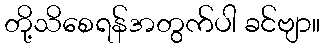
တို့သိစေရန်အတွက်ပါ ခင်ဗျာ။